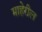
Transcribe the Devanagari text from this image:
माहेरील